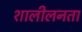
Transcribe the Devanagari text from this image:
शालीलनता